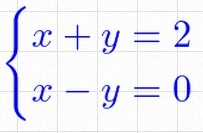
\begin{cases}x+y=2\\x-y=0\end{cases}